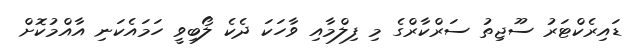
ޑައިރެކްޓަރު ސޫޖިތު ސަރްކާރްގެ މި ފިލްމާއި ވާހަކަ ދެކެ ލޯބިވީ ހަމައެކަނި އާއްމުކޮށް